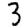
Digit: 3